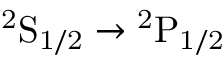
\mathrm { { } ^ { 2 } S _ { 1 / 2 } \to { } ^ { 2 } P _ { 1 / 2 } }